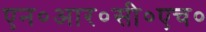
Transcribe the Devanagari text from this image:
एन०आर०सी०एच०